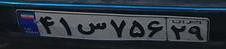
۴۱س۷۵۶۲۹